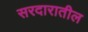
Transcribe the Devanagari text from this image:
सरदारातील